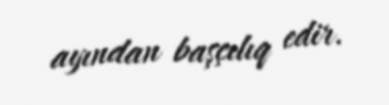
ayından başçılıq edir.